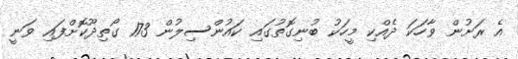
އެ ރަށުން ވާހަކަ ދެއްކި މީހަކު ބުނިގޮތުގައި ކައުންސިލުން 173 ގޯތިދޫކޮށްފައި ވަނީ